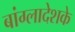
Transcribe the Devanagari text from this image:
बांग्लादेशके